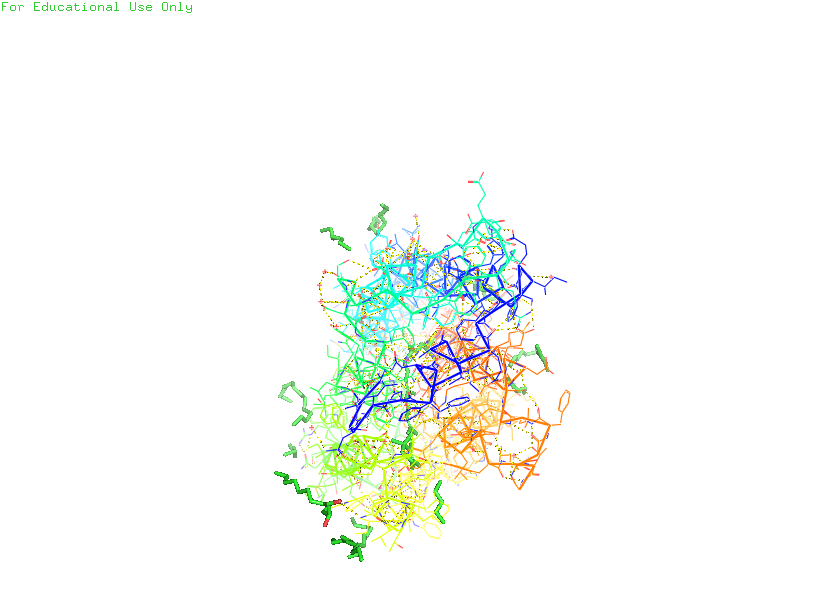
pymol, preset, technical